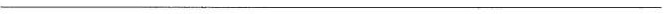
___